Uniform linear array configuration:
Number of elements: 32
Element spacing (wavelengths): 1
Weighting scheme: exponential
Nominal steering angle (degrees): -30
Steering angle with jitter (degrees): -30.662
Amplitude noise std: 0.05
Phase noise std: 0.05

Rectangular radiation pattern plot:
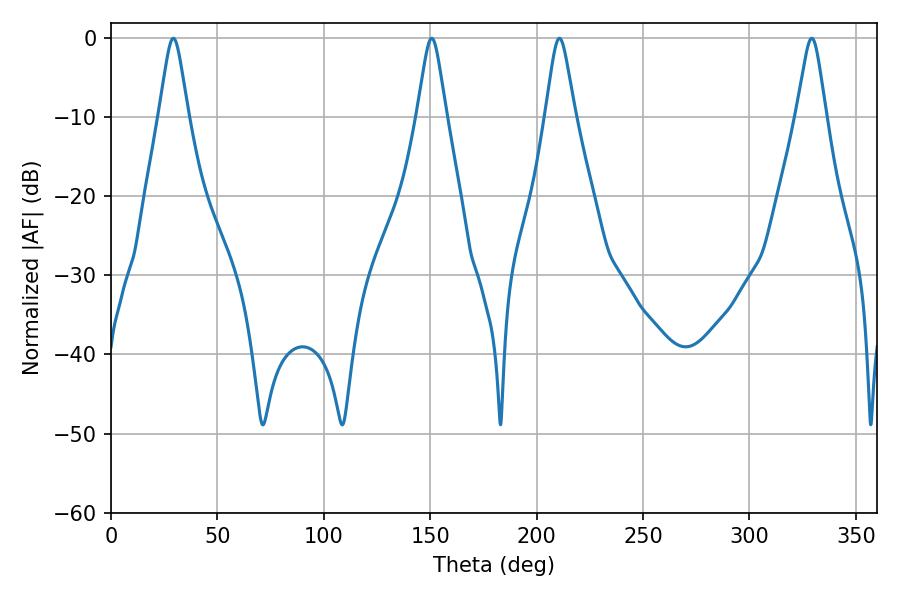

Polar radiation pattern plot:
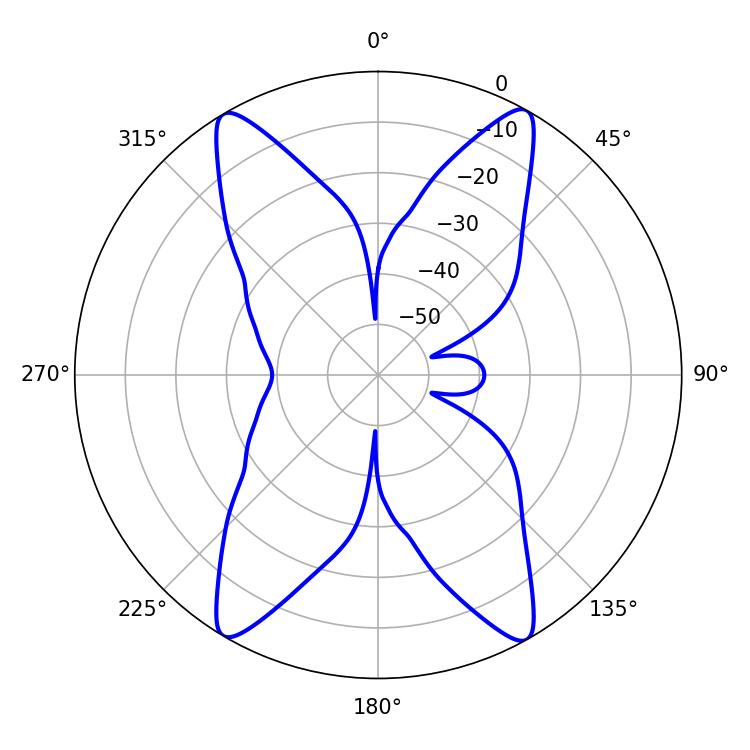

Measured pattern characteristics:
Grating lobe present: TRUE
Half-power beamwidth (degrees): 6.48
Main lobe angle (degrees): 29.34